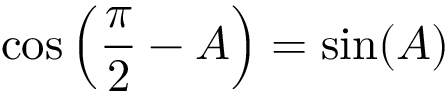
\cos \left( { \frac { \pi } { 2 } } - A \right) = \sin ( A )